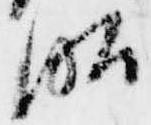
昭